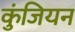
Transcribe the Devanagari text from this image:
कुंजियन